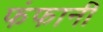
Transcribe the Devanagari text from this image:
फंफानी